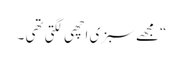
“مجھے سبزی اچھی لگتی تھی ۔